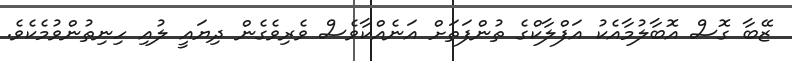
ޒޭބާ ގޮސް އޮބާލުމާއެކު އަފްލާކްގެ ތުންފަތަށް އަނެއްކާވެސް ވެރިވެގެން ދިޔައީ ލުއި ހިނިތުންވުމެކެވެ.